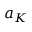
a _ { K }